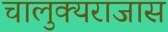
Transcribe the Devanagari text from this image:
चालुक्यराजास